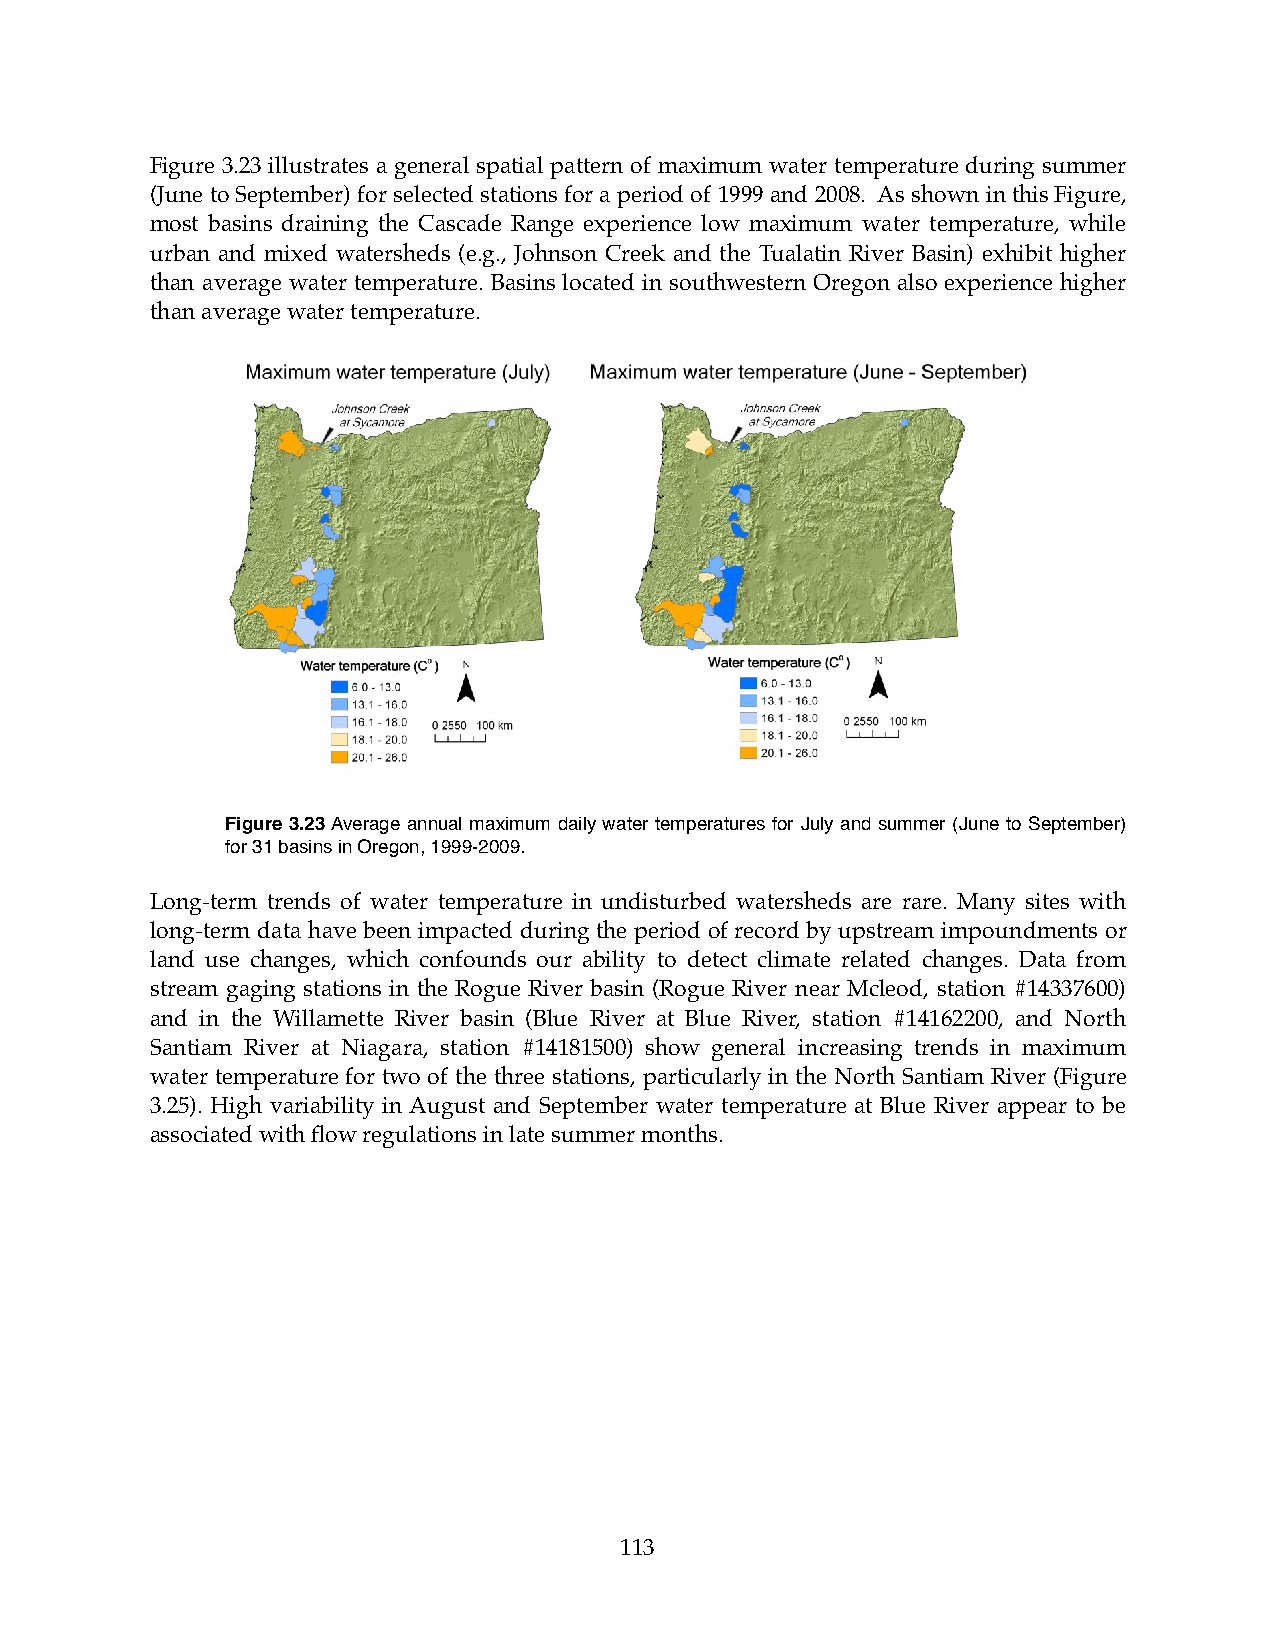
Figure 3.23 illustrates a general spatial pattern of maximum water temperature during summer
 (June to September) for selected stations for a period of 1999 and 2008. As shown in this Figure,
 most basins draining the Cascade Range experience low maximum water temperature, while
 urban and mixed watersheds (e.g., Johnson Creek and the Tualatin River Basin) exhibit higher
 than average water temperature. Basins located in southwestern Oregon also experience higher
 than average water temperature.
 Figure 3.23 Average annual maximum daily water temperatures for July and summer (June to September)
 for 31 basins in Oregon, 1999-2009.
 Long-term trends of water temperature in undisturbed watersheds are rare. Many sites with
 long-term data have been impacted during the period of record by upstream impoundments or
 land use changes, which confounds our ability to detect climate related changes. Data from
 stream gaging stations in the Rogue River basin (Rogue River near Mcleod, station #14337600)
 and in the Willamette River basin (Blue River at Blue River, station #14162200, and North
 Santiam River at Niagara, station #14181500) show general increasing trends in maximum
 water temperature for two of the three stations, particularly in the North Santiam River (Figure
 3.25). High variability in August and September water temperature at Blue River appear to be
 associated with flow regulations in late summer months.
 113